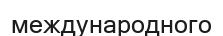
международного